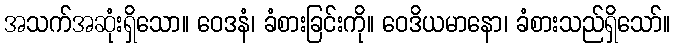
အသက်အဆုံးရှိသော။ ဝေဒနံ၊ ခံစားခြင်းကို။ ဝေဒိယမာနော၊ ခံစားသည်ရှိသော်။